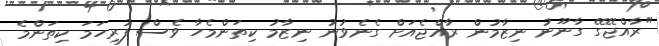
"ރާއްޖޭގޭ ގާނޫނު ނިޒާމުން ރާއްޖެއަށް ގެނެވުނު ނިޒާމު ކިތަންމެހާ ވެސް ފުރިހަމަ ކިތަންމެ